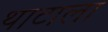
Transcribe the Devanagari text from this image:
थाटाला